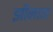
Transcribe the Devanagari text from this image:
झीनान